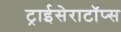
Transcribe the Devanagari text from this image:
ट्राईसेराटॉप्स